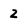
Character: 2